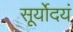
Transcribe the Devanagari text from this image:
सूर्योदयं